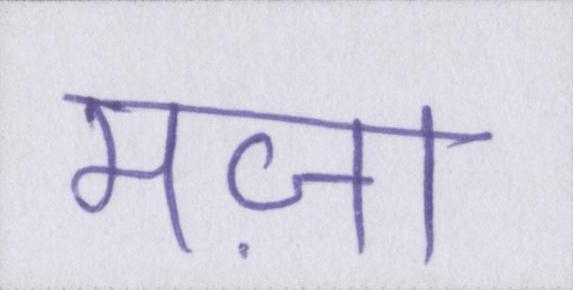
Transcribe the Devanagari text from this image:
मज़ा